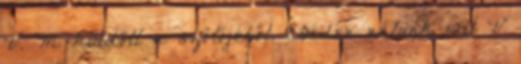
V. M. küldött a szőlőjéből. Ebéden nálunk volt V